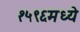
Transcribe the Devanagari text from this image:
१५९६मध्ये